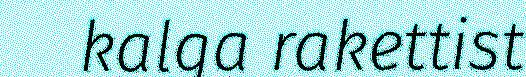
kalga rakettist